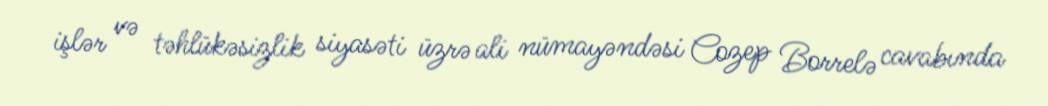
işlər və təhlükəsizlik siyasəti üzrə ali nümayəndəsi Cozep Borrelə cavabında